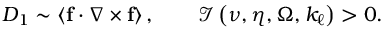
D _ { 1 } \sim \left\langle \mathbf { f } \cdot \nabla \times \mathbf { f } \right\rangle , \qquad \mathcal { I } \left( \nu , \eta , \Omega , k _ { \ell } \right) > 0 .